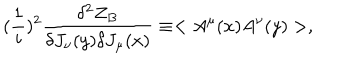
( { \frac { 1 } { i } } ) ^ { 2 } { \frac { \delta ^ { 2 } Z _ { B } } { \delta J _ { \nu } ( y ) \delta J _ { \mu } ( x ) } } \equiv < A ^ { \mu } ( x ) A ^ { \nu } ( y ) > ,